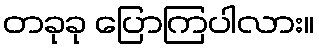
တခုခု ပြောကြပါလား။